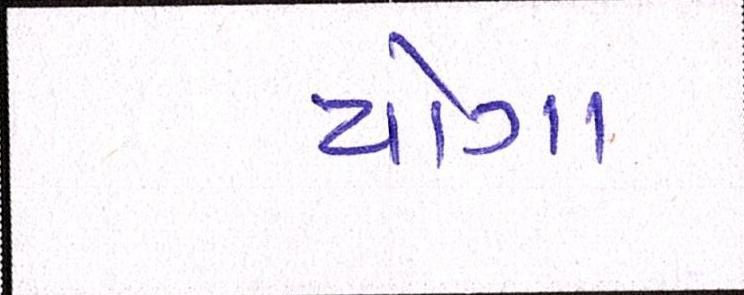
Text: યોગા